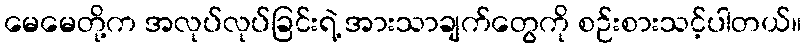
မေမေတို့က အလုပ်လုပ်ခြင်းရဲ့ အားသာချက်တွေကို စဉ်းစားသင့်ပါတယ်။